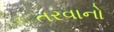
તરવાનો